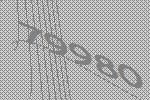
79980